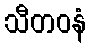
သီတဝနံ